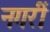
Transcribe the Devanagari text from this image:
नगरीं